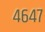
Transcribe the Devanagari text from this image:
४६४७